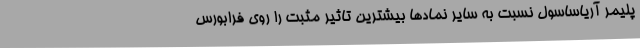
پلیمر آریاساسول نسبت به سایر نمادها بیشترین تاثیر مثبت را روی فرابورس